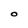
Character: O